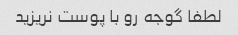
لطفا گوجه رو با پوست نریزید